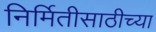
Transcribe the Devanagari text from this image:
निर्मितीसाठीच्या